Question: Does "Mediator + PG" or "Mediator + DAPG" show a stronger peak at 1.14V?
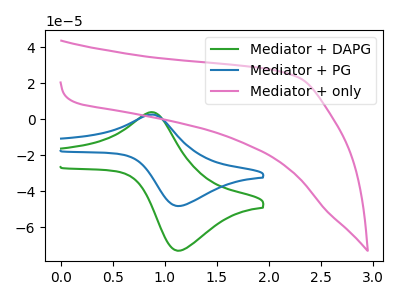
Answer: <think>The green curve "Mediator + DAPG" has an anodic peak at (0.85V, 3.90uA) and a cathodic peak at (1.15V, -73.15uA). The blue curve "Mediator + PG" has an anodic peak at (0.85V, 2.55uA) and a cathodic peak at (1.15V, -48.30uA). The pink curve "Mediator + only" has no peaks.</think>
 <answer>The peak at 1.14V is lower in "Mediator + PG" than in "Mediator + DAPG".</answer>
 <eval>lower</eval>